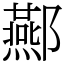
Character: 酀